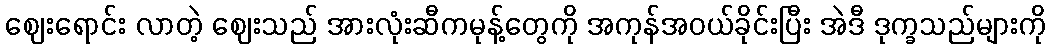
ဈေးရောင်း လာတဲ့ ဈေးသည် အားလုံးဆီကမုန့်တွေကို အကုန်အဝယ်ခိုင်းပြီး အဲဒီ ဒုက္ခသည်များကို